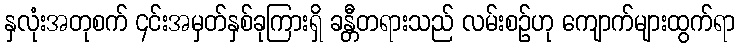
နှလုံးအတုစက် ၄င်းအမှတ်နှစ်ခုကြားရှိ ခန္တီတရားသည် လမ်းစဉ်ဟု ကျောက်များထွက်ရာ